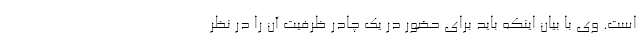
است. وی با بیان اینکه باید برای حضور در یک چادر ظرفیت آن را در نظر